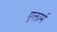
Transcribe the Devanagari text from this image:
एलार्म